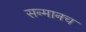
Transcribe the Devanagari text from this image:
सन्मानच